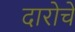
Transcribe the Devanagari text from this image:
दारोचे